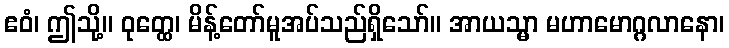
ဧဝံ၊ ဤသို့။ ဝုတ္ထေ၊ မိန့်တော်မူအပ်သည်ရှိသော်။ အာယသ္မာ မဟာမောဂ္ဂလာနော၊